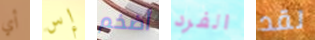
أي إس أضخم الفرد لقد